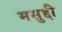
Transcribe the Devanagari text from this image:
मसुद्दी